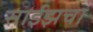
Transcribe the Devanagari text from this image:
साईझचा